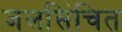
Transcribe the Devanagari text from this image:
जलसिंचित